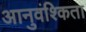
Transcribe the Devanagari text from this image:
आनुवंश्किता